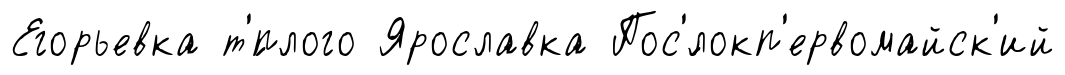
Егорьевка т'́плого Ярославка Пос'́локп'ервомайск'ий